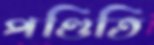
পণ্ডিতি